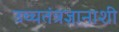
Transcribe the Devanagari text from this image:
उच्चतंत्रज्ञानाशी